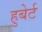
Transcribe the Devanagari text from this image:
हुबेर्ट